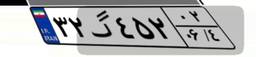
۳۲گ۴۵۲۰۲